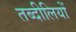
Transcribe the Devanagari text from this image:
तब्दीलियों